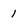
Character: 1